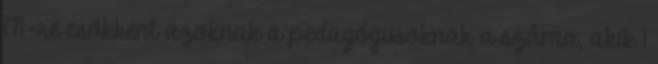
171-re csökkent azoknak a pedagógusoknak a száma, akik 1